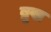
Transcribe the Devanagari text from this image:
ब्रुख